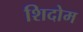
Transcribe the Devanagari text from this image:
शिदोम